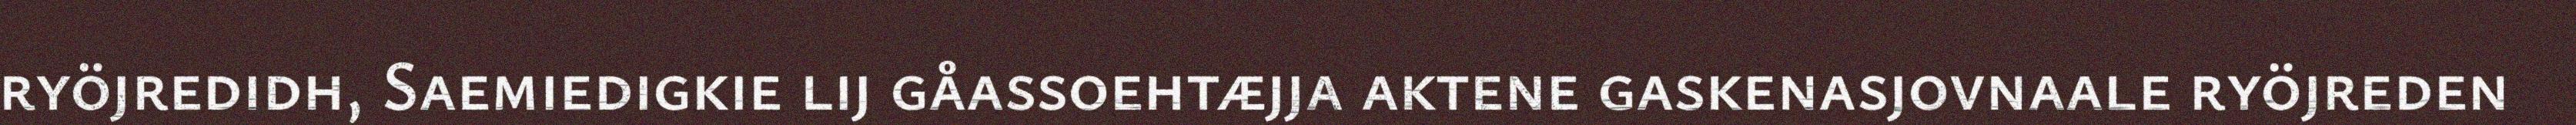
ryöjredidh, Saemiedigkie lij gåassoehtæjja aktene gaskenasjovnaale ryöjreden